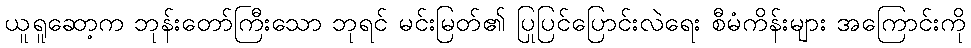
ယူရူဆော့က ဘုန်းတော်ကြီးသော ဘုရင် မင်းမြတ်၏ ပြုပြင်ပြောင်းလဲရေး စီမံကိန်းများ အကြောင်းကို